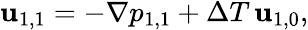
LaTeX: \begin{array}{r}{\mathbf{u}_{1,1}=-\nabla p_{1,1}+\Delta T\, \mathbf{u}_{1,0},}\end{array}